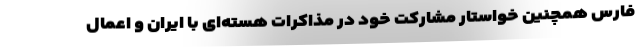
فارس همچنین خواستار مشارکت خود در مذاکرات هسته‌ای با ایران و اعمال